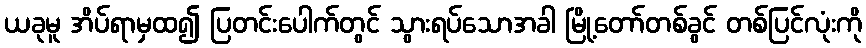
ယခုမူ အိပ်ရာမှထ၍ ပြတင်းပေါက်တွင် သွားရပ်သောအခါ မြို့တော်တစ်ခွင် တစ်ပြင်လုံးကို